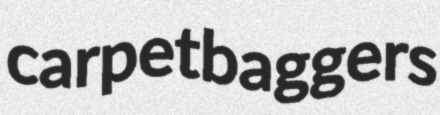
carpetbaggers